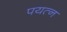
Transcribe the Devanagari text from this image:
पयत्न